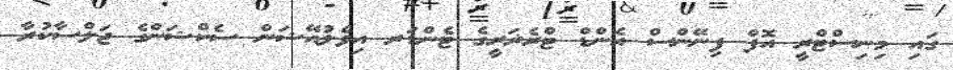
ގައި މިނިސްޓްރީ އޮފް ފިނޭންސް އެންޑް ޓްރެޜަރީގެ ޓެންޑަރ އިވެލުއޭޝަން ސެކްޝަންގެ ޖަލްސާކުރާ